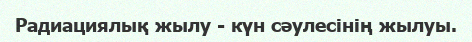
Радиациялық жылу - күн сәулесінің жылуы.